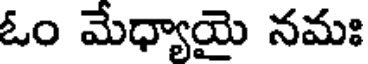
ఓం మేధ్యాయై నమః